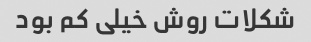
شکلات روش خیلی کم بود